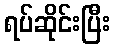
ရပ်ဆိုင်းပြီး